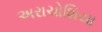
અરાચોશિયા